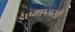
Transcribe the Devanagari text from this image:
ईएमएससी